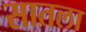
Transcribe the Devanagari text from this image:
सातला